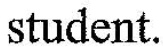
student.